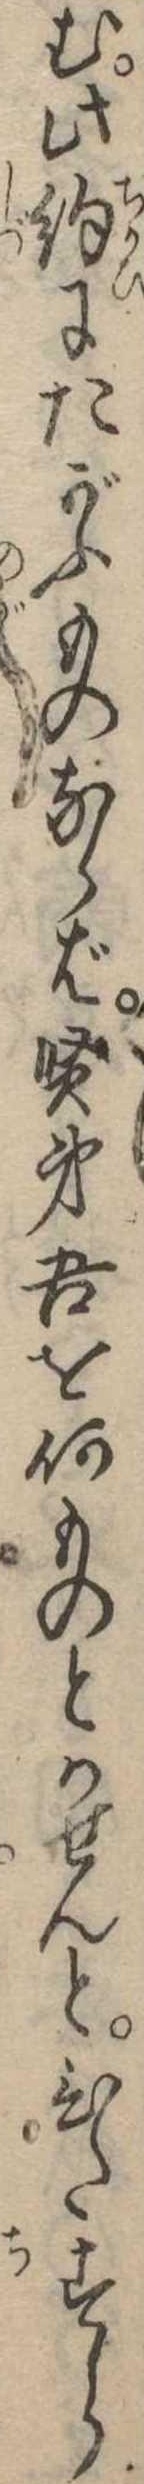
む此約にたがふものならば賢弟吾を何ものとかせんとひたすら